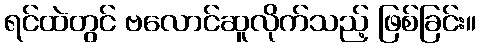
ရင်ထဲတွင် ဗလောင်ဆူလိုက်သည့် ဖြစ်ခြင်း။